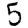
Digit: 5